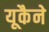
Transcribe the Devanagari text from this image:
यूकैने